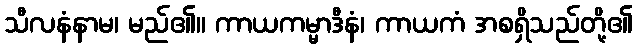
သီလနံနာမ၊ မည်၏။ ကာယကမ္မာဒီနံ၊ ကာယကံ အစရှိသည်တို့၏